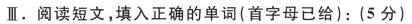
Ⅲ.阅读短文,填入正确的单词(首字母已给):(5分)